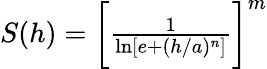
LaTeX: \begin{array}{r}{S(h)=\biggl[\frac{1}{\ln\left[e+(h/a)^{n}\right]}\biggr]^{m}}\end{array}